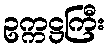
ဥက္ကဋ္ဌကြီး